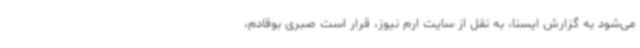
می‌شود به گزارش ایسنا، به نقل از سایت ارم نیوز، قرار است صبری بوقادم،